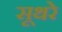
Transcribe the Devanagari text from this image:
सूथरे